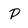
Character: p